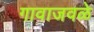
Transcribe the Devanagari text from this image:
गावाजवळे